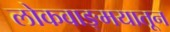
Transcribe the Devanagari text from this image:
लोकवाङ्मयातून